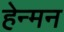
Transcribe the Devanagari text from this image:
हेन्मन